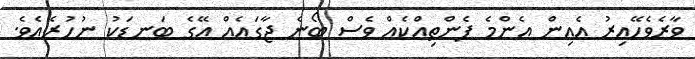
ވާރެވެހޭއިރު އެއިން އެންމެ ފެންތިއްކެއް ވެސް ބޯނެ ޖާގައެއް އޭގެ ބަނޑަކު ނުހުރެއެވެ.